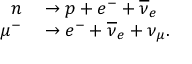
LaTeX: \begin{array} { r l } { n } & { { } \to p + e ^ { - } + { \overline { { \nu } } } _ { e } } \\ { \mu ^ { - } } & { { } \to e ^ { - } + { \overline { { \nu } } } _ { e } + \nu _ { \mu } . } \end{array}